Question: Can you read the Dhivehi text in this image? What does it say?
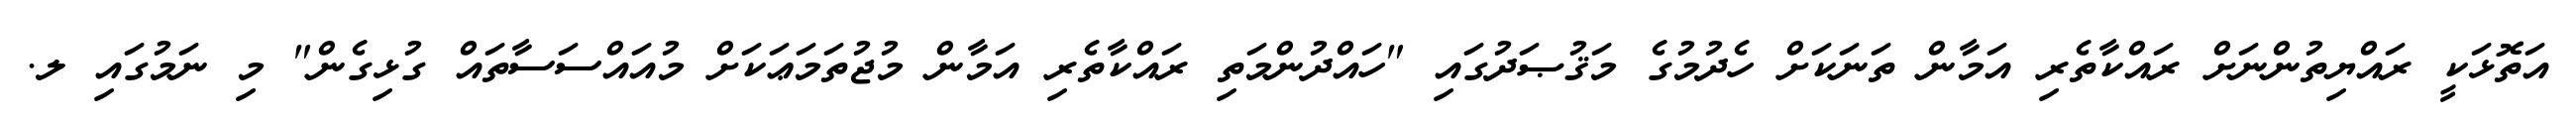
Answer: އަތޮޅަކީ ރައްޔިތުންނަށް ރައްކާތެރި އަމާން ތަނަކަށް ހެދުމުގެ މަޤުޞަދުގައި "ހައްދުންމަތި ރައްކާތެރި އަމާން މުޖުތަމަޢަކަށް މުއައްސަސާތައް ގުޅިގެން" މި ނަމުގައި ލ.